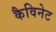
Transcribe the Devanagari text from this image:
कैविनेट